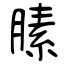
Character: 膆